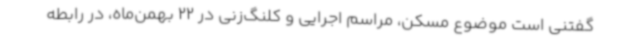
گفتنی است موضوع مسکن، مراسم اجرایی و کلنگ‌زنی در 22 بهمن‌ماه، در رابطه